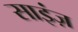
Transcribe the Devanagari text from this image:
साइंज़